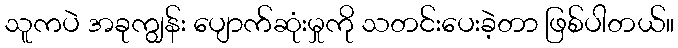
သူကပဲ အခုကျွန်း ပျောက်ဆုံးမှုကို သတင်းပေးခဲ့တာ ဖြစ်ပါတယ်။